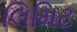
લિમિટ